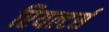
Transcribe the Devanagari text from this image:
रियल्टर्स